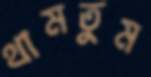
থামতুম